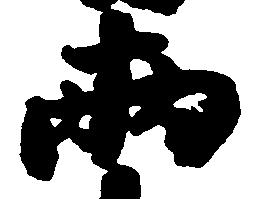
両